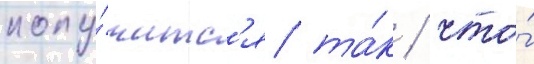
полу́читс'я та́к / что́